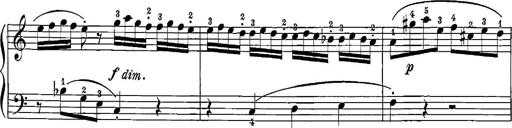
Title: 12 Sonatinas
Composer: Ignaz Pleyel